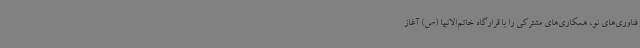
فناوری‌های نو، همکاری‌های مشترکی را با قرارگاه خاتم‌الانبیا (ص) آغاز